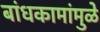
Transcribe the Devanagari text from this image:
बांधकामांमुळे